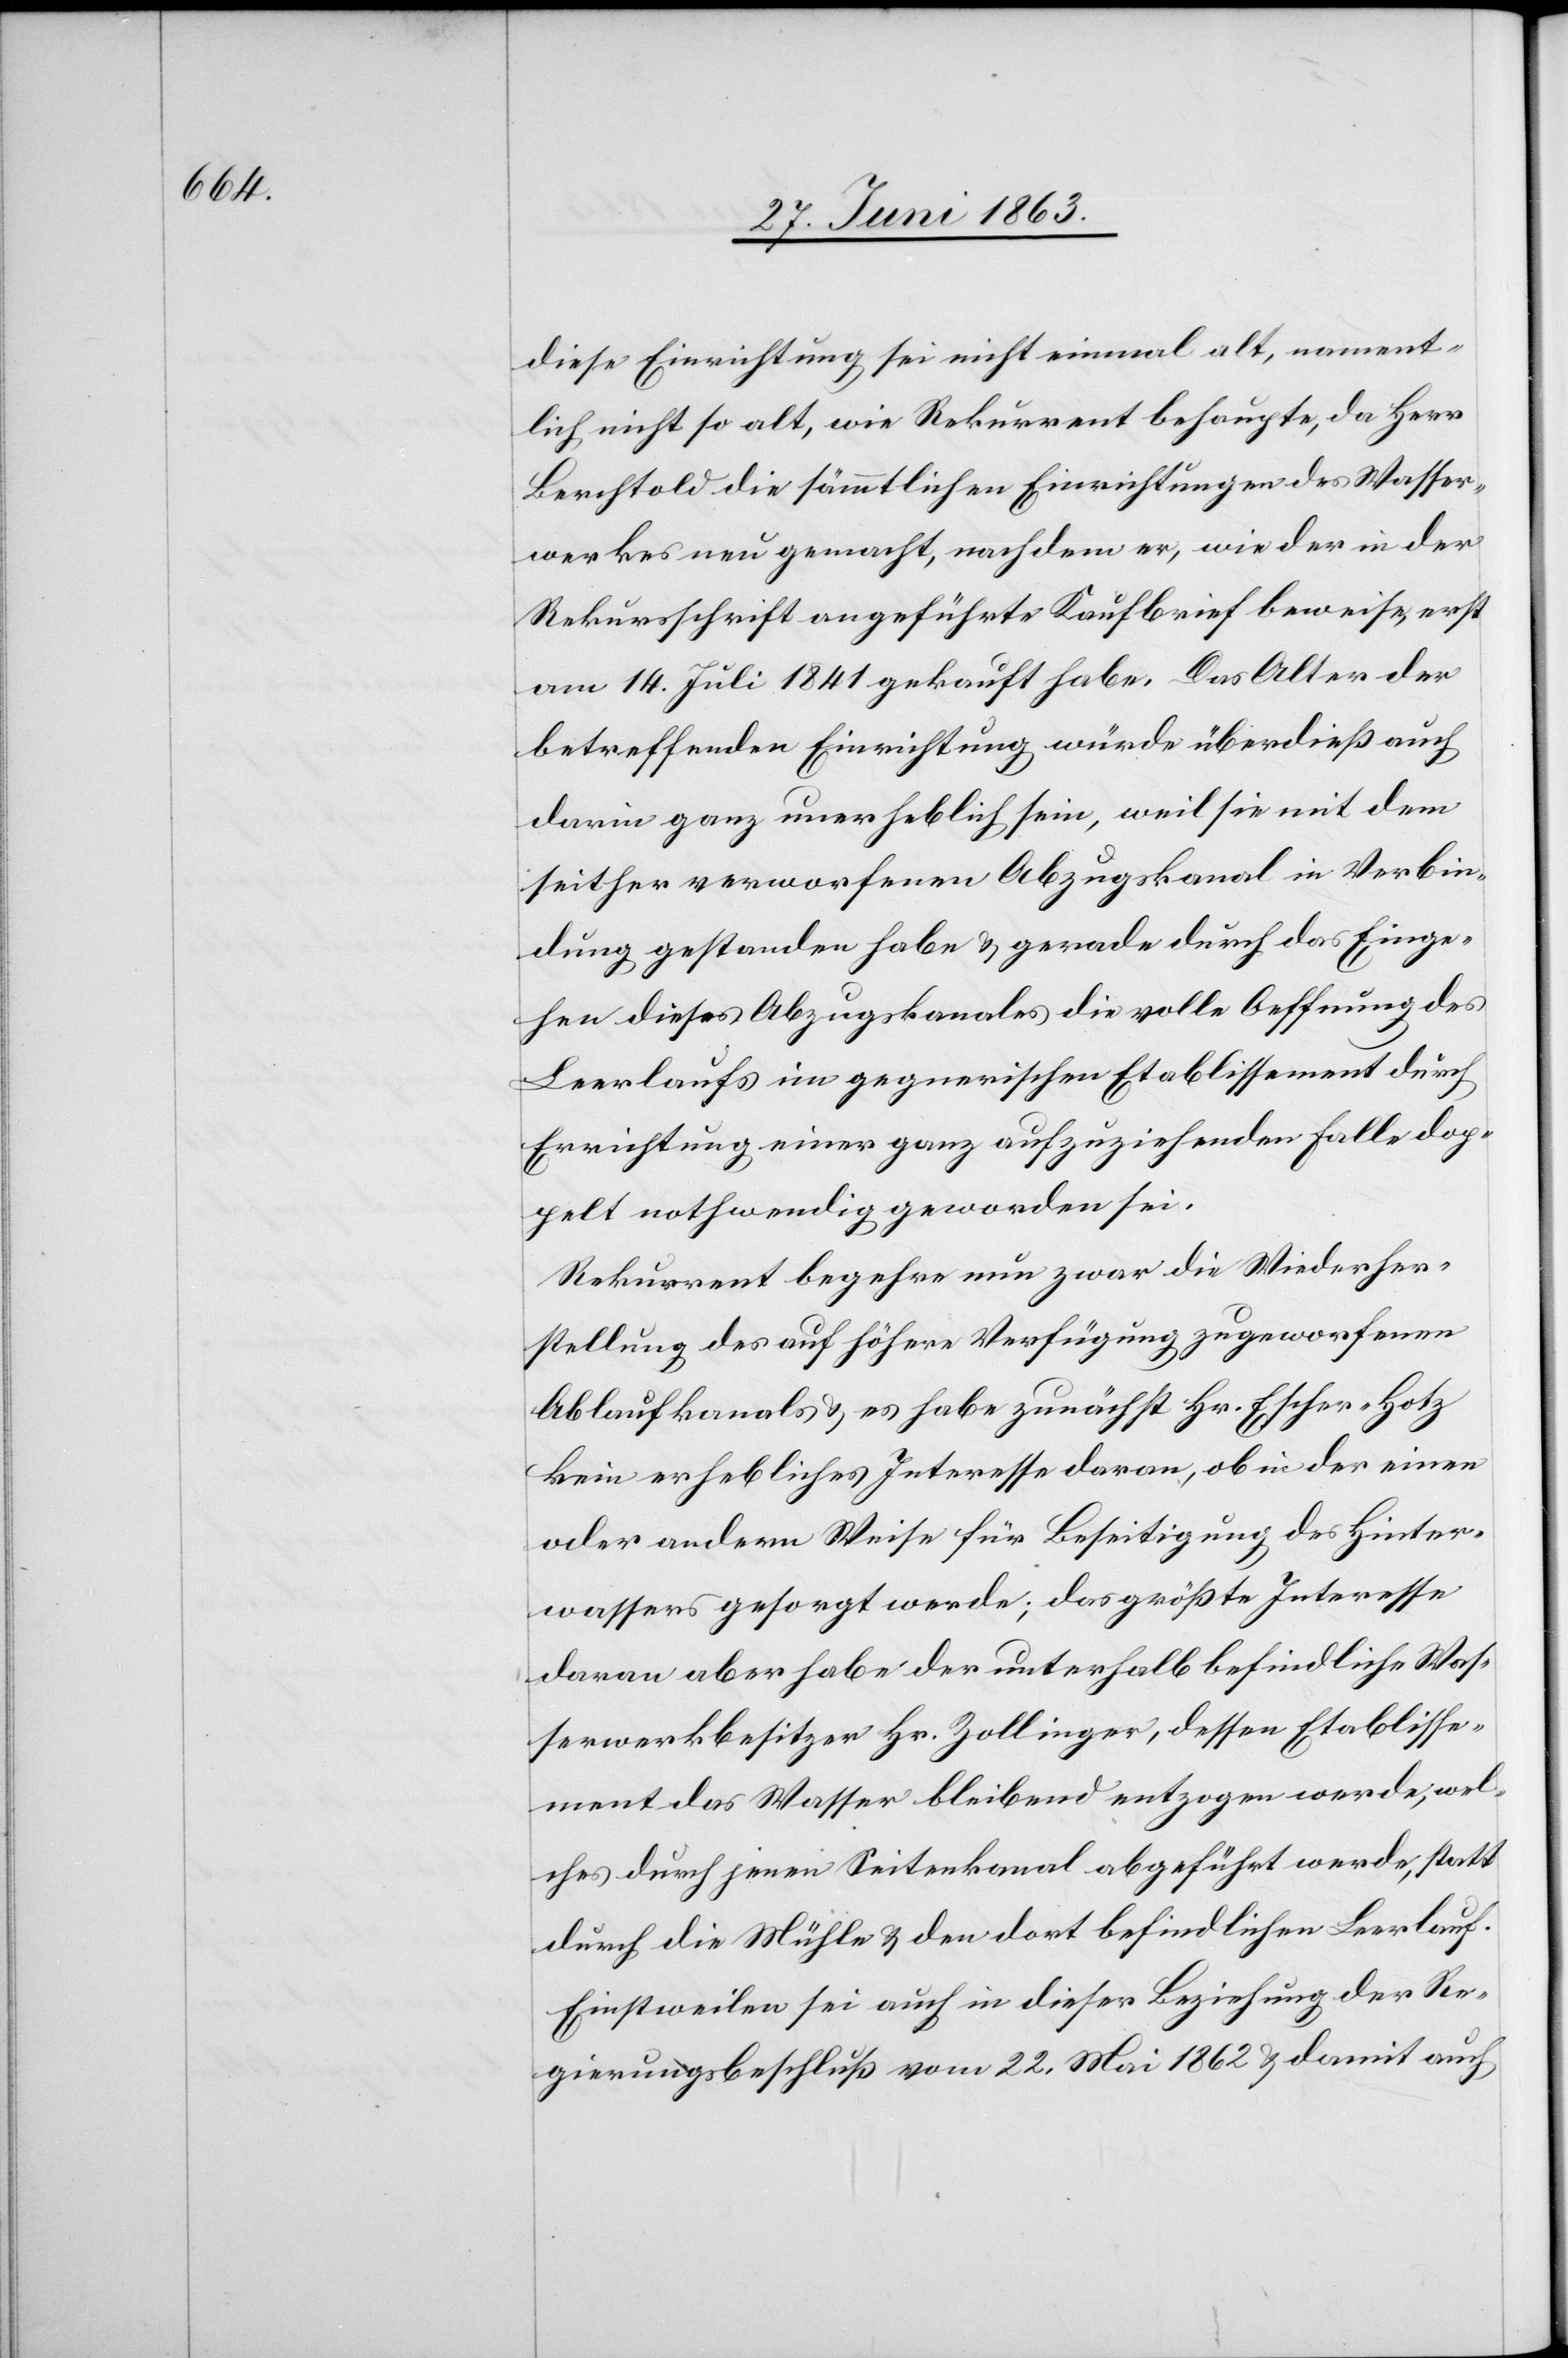
diese Einrichtung sei nicht einmal alt, nament¬
lich nicht so alt, wie Rekurrent behaupte, da Herr
Berchtold die sämmtlichen Einrichtungen des Wasser¬
werkes neu gemacht, nachdem er, wie der in der
Rekursschrift angeführte Kaufbrief beweise, erst
am 14. Juli 1841 gekauft habe. Das Alter der
betreffenden Einrichtung würde überdieß auch
darin ganz unerheblich sein, weil sie mit dem
seither verworfenen Abzugskanal in Verbin¬
dung gestanden habe & gerade durch das Einge¬
hen dieses Abzugskanales die volle Oeffnung des
Leerlaufs im gegnerischen Etablissement durch
Errichtung einer ganz aufzuziehenden Falle dop¬
pelt nothwendig geworden sei.
Rekurrent begehre nun zwar die Wiederher¬
stellung des auf höhere Verfügung zugeworfenen
Ablaufkanales & es habe zunächst Hr. Escher-Hotz
kein erhebliches Interesse daran, ob in der einen
oder andern Weise für Beseitigung des Hinter¬
wassers gesorgt werde; das größte Interesse
daran aber habe der unterhalb befindliche Was¬
serwerkbesitzer Hr. Zollinger, dessen Etablisse¬
ment das Wasser bleibend entzogen werde, wel¬
ches durch jenen Seitenkanal abgeführt werde, statt
durch die Mühle & den dort befindlichen Leerlauf.
Einstweilen sei auch in dieser Beziehung der Re¬
gierungsbeschluß vom 22. Mai 1862 & damit auch